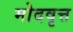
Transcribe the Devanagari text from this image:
मोदवृत्त